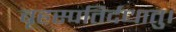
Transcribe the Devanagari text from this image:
बृहस्पतिर्दधातु।